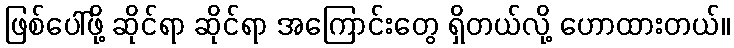
ဖြစ်ပေါ်ဖို့ ဆိုင်ရာ ဆိုင်ရာ အကြောင်းတွေ ရှိတယ်လို့ ဟောထားတယ်။